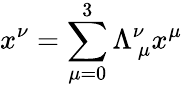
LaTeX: x^{\nu}=\sum_{\mu=0}^{3}\Lambda_{\ \mu}^{\nu}x^{\mu}